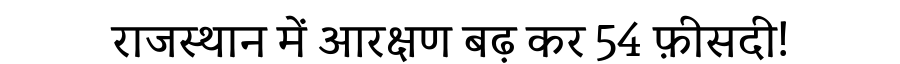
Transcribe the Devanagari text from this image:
राजस्थान में आरक्षण बढ़ कर 54 फ़ीसदी!